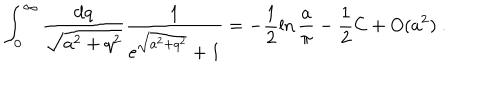
LaTeX: \int _ { 0 } ^ { \infty } \frac { \mathrm { d } q } { \sqrt { a ^ { 2 } + q ^ { 2 } } } \frac { 1 } { \mathrm { e } ^ { \sqrt { a ^ { 2 } + q ^ { 2 } } } + 1 } = - \frac { 1 } { 2 } \ln \frac { a } { \pi } - \frac { 1 } { 2 } \mathrm { C } + O ( a ^ { 2 } ) \ .